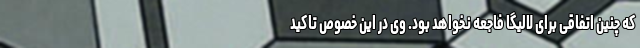
که چنین اتفاقی برای لالیگا فاجعه نخواهد بود. وی در این خصوص تاکید